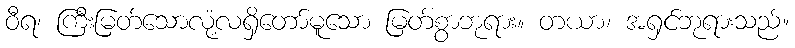
ဝီရ၊ ကြီးမြတ်သောလုံ့လရှိတော်မူသော မြတ်စွာဘုရား။ တယာ၊ အရှင်ဘုရားသည်။